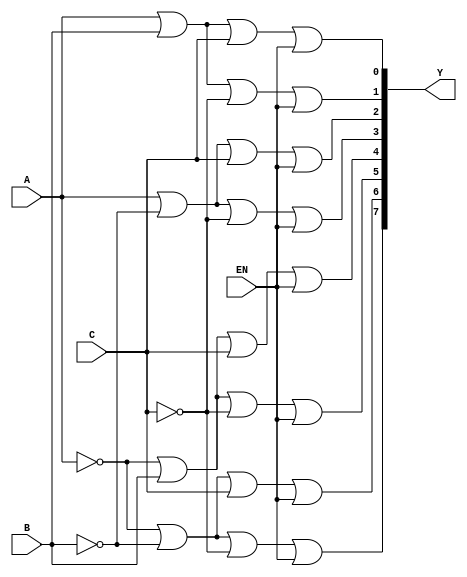
 /* 3to8 decoder with an additional input EN and low-active output. */

module dec3to8_g(A, B, C, Y, EN);
    input           A, B, C, EN;
    output  [7:0]   Y;
 
    wire    [7:0]   Y;
    
    wire            na, nb, nc;
    
    not(na, A);
    not(nb, B);
    not(nc, C);

    or(Y[0], A, B, C, EN);
    or(Y[1], A, B, nc, EN);
    or(Y[2], A, nb, C, EN);
    or(Y[3], A, nb, nc, EN);
    or(Y[4], na, B, C, EN);
    or(Y[5], na, B, nc, EN);
    or(Y[6], na, nb, C, EN);
    or(Y[7], na, nb, nc, EN);
endmodule